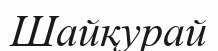
Шайқурай